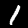
Digit: 1